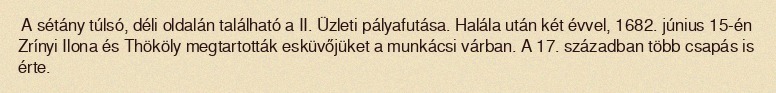
A sétány túlsó, déli oldalán található a II. Üzleti pályafutása. Halála után két évvel, 1682. június 15-én Zrínyi Ilona és Thököly megtartották esküvőjüket a munkácsi várban. A 17. században több csapás is érte.